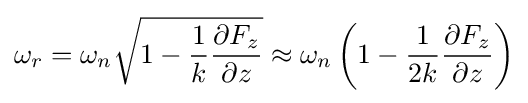
\omega _{r}=\omega _{n}{\sqrt {1-{\frac {1}{k}}{\frac {\partial F_{z}}{\partial z}}}}\approx \omega _{n}\left(1-{\frac {1}{2k}}{\frac {\partial F_{z}}{\partial z}}\right)\,\!